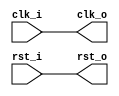
module clock #(
    parameter                              SCALE            = 2    // Divides the input clock by this value.
) (
    // Interface: cpu_clk_source
    // The clock that is divided to other components.
    output                              clk_o,    // The clock that is divided to other components.
    output                              rst_o,    // The reset that is divided to other components.

    // These ports are not in any interface
    input                               clk_i,    // The reference clock for this component.
    input                               rst_i    // The reference reset for this component.
);

// WARNING: EVERYTHING ON AND ABOVE THIS LINE MAY BE OVERWRITTEN BY KACTUS2!!!
assign clk_o = clk_i;
assign rst_o = rst_i;

endmodule